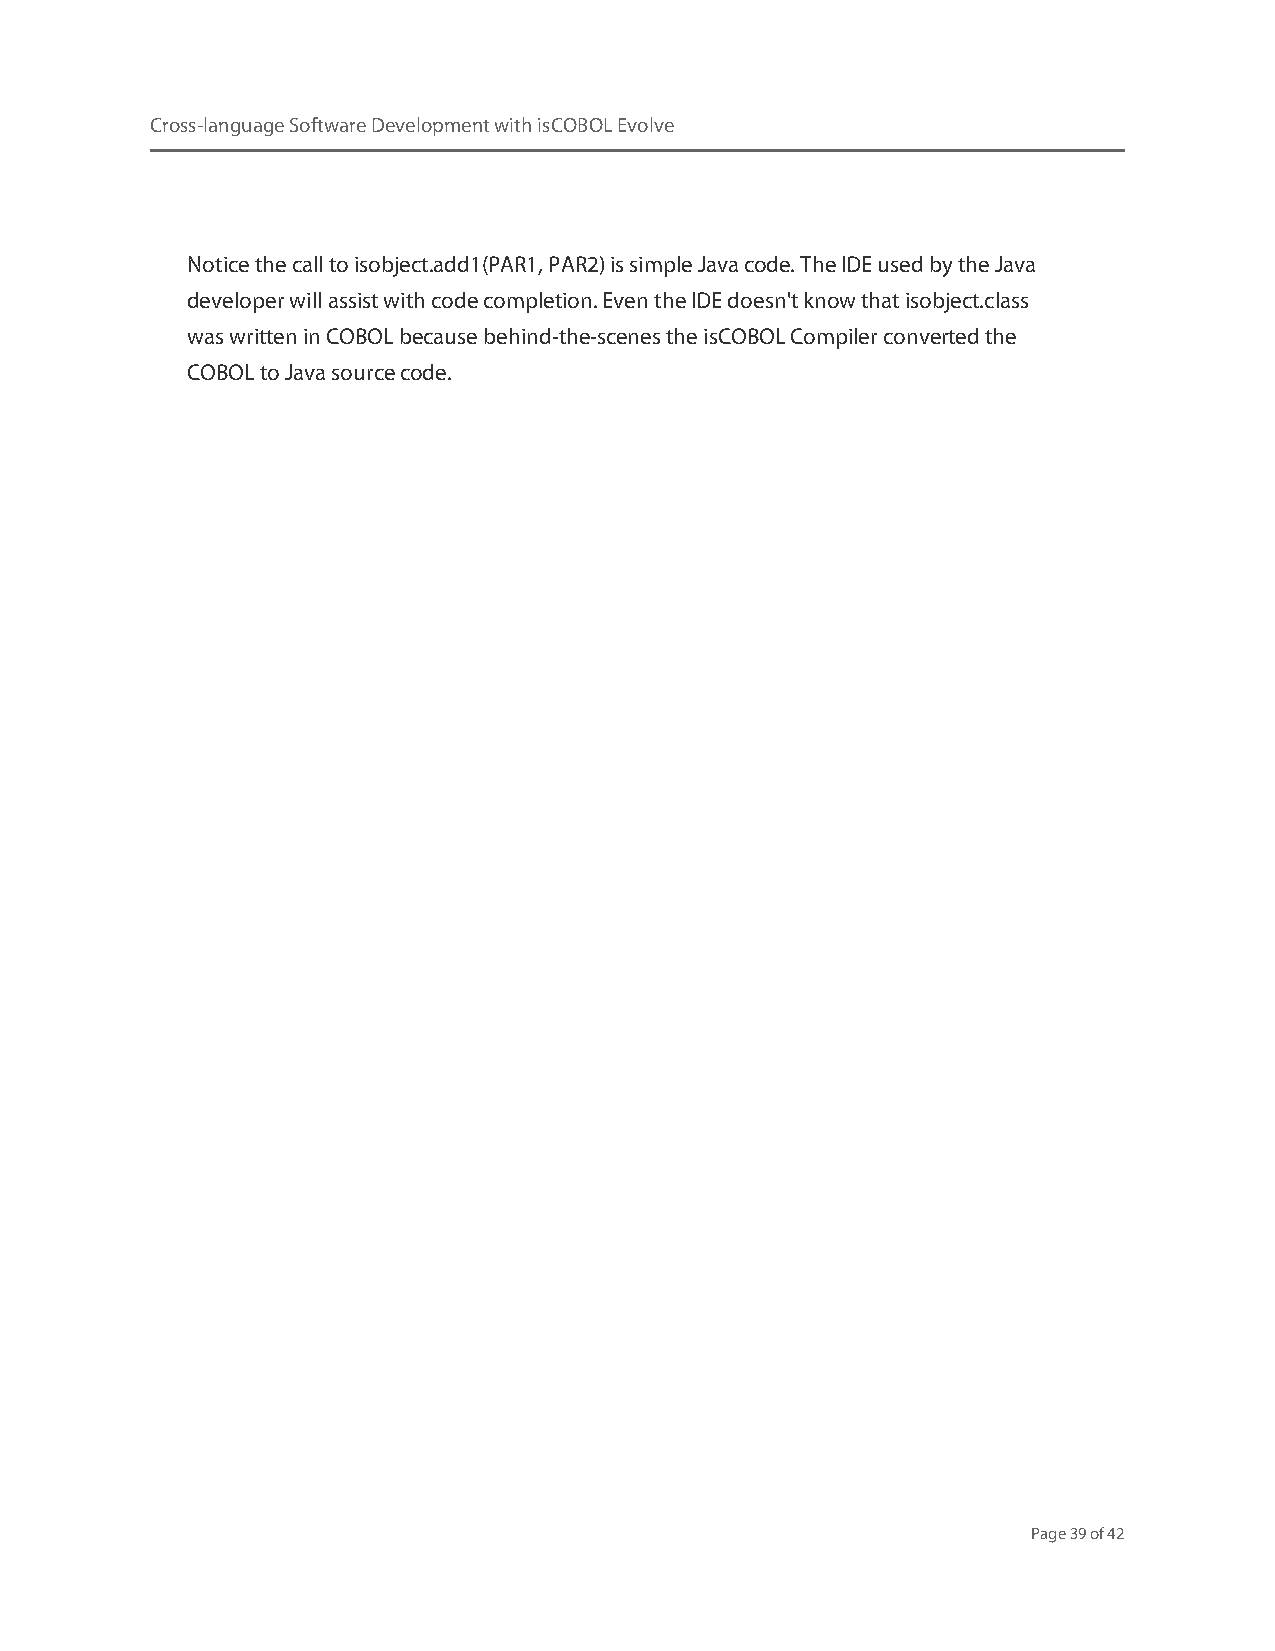
Cross-language Software Development with isCOBOL Evolve
 Notice the call to isobject.add1(PAR1, PAR2) is simple Java code. The IDE used by the Java
 developer will assist with code completion. Even the IDE doesn't know that isobject.class
 was written in COBOL because behind-the-scenes the isCOBOL Compiler converted the
 COBOL to Java source code.
 Page 39 of 42